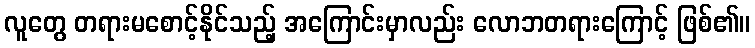
လူတွေ တရားမစောင့်နိုင်သည့် အကြောင်းမှာလည်း လောဘတရားကြောင့် ဖြစ်၏။